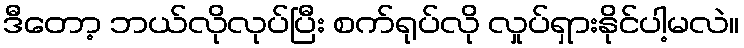
ဒီတော့ ဘယ်လိုလုပ်ပြီး စက်ရုပ်လို လှုပ်ရှားနိုင်ပါ့မလဲ။